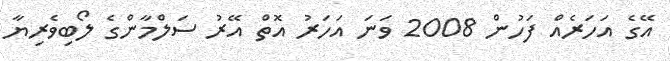
އޭގެ އަހަރެއް ފަހުން 2008 ވަނަ އަހަރު އޮތް އޭރު ސަލްމާންގެ ލޯބިވެރިޔާ